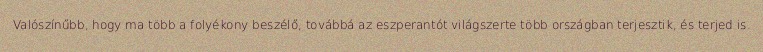
Valószínűbb, hogy ma több a folyékony beszélő, továbbá az eszperantót világszerte több országban terjesztik, és terjed is.